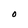
Character: O